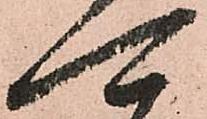
可